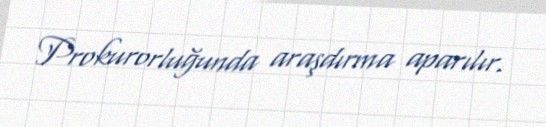
Prokurorluğunda araşdırma aparılır.